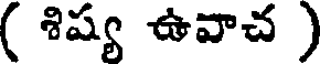
( శిష్య ఉవాచ )